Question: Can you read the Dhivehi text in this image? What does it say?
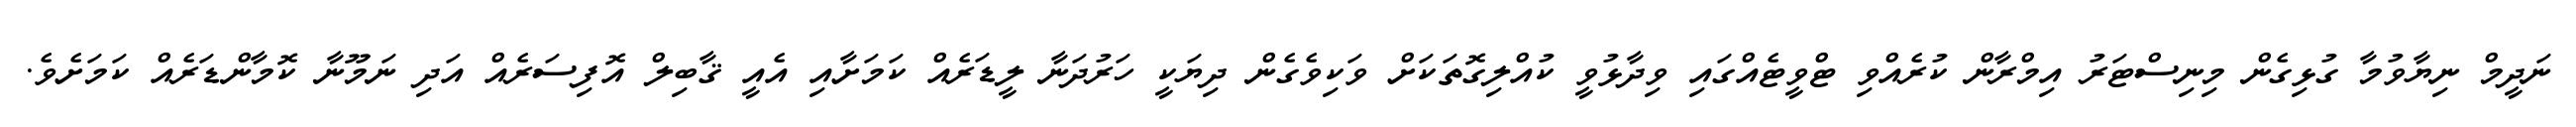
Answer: ނަދީމް ނިޔާވުމާ ގުޅިގެން މިނިސްޓަރު އިމްރާން ކުރެއްވި ޓްވީޓެއްގައި ވިދާޅުވީ ކުއްލިގޮތަކަށް ވަކިވެގެން ދިޔަކީ ހަރުދަނާ ލީޑަރެއް ކަމަށާއި އެއީ ޤާބިލް އޮފިސަރެއް އަދި ނަމޫނާ ކޮމާންޑަރެއް ކަމަށެވެ.